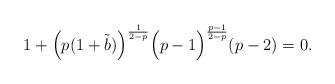
LaTeX: \begin{align*}1+\Big(p(1+\tilde{b})\Big)^{\frac{1}{2-p}}\Big(p-1\Big)^{\frac{p-1}{2-p}}(p-2)=0.\end{align*}